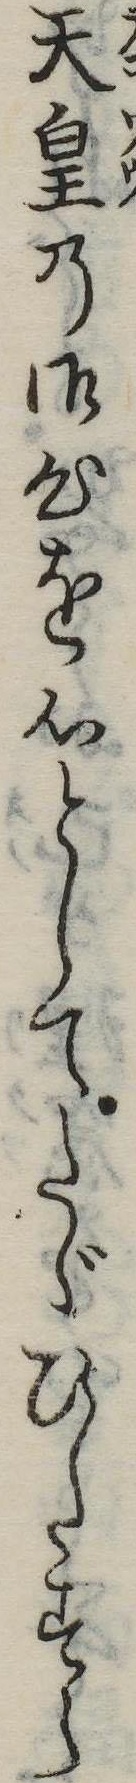
天皇の御心を心としてたゞひたすら